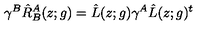
\gamma ^ { B } \hat { R } _ { B } ^ { A } ( z ; g ) = \hat { L } ( z ; g ) \gamma ^ { A } \hat { L } ( z ; g ) ^ { t }